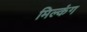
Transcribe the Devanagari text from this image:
मिल्कंग